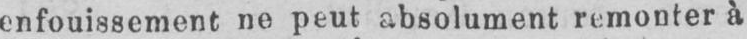
enfouissement ne peut absolument remonter à